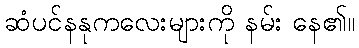
ဆံပင်နနုကလေးများကို နမ်း နေ၏။